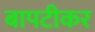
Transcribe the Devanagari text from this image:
बापटीकर